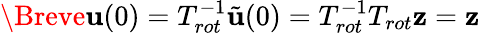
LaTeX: \Breve{\mathbf{u}}(0)=T_{rot}^{-1}\tilde{\mathbf{u}}(0)=T_{rot}^{-1}T_{rot}\mathbf{z}=\mathbf{z}